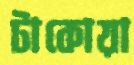
টাকোয়া